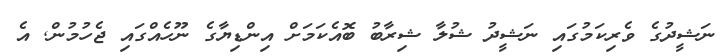
ނަޝީދުގެ ވެރިކަމުގައި ނަޝީދު ޝުލާ ޝިރާބު ބޮއެކަމަށް އިންޑިޔާގެ ނޫހެެއްގައި ޖެހުމުން